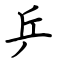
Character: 乒